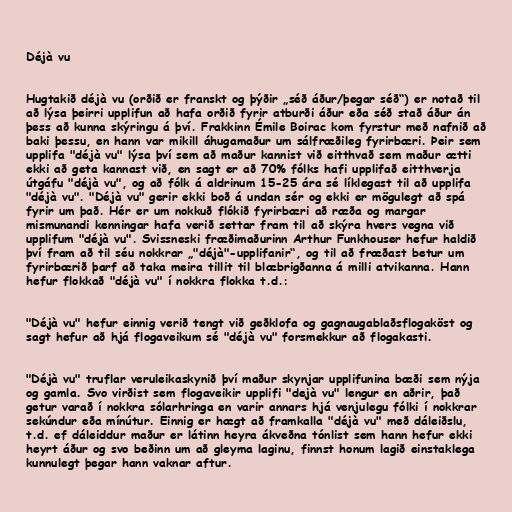
Déjà vu

Hugtakið déjà vu (orðið er franskt og þýðir „séð áður/þegar séð“) er notað til
að lýsa þeirri upplifun að hafa orðið fyrir atburði áður eða séð stað áður án
þess að kunna skýringu á því. Frakkinn Émile Boirac kom fyrstur með nafnið að
baki þessu, en hann var mikill áhugamaður um sálfræðileg fyrirbæri. Þeir sem
upplifa "déjà vu" lýsa því sem að maður kannist við eitthvað sem maður ætti
ekki að geta kannast við, en sagt er að 70% fólks hafi upplifað eitthverja
útgáfu "déjà vu", og að fólk á aldrinum 15-25 ára sé líklegast til að upplifa
"déjà vu". "Déjà vu" gerir ekki boð á undan sér og ekki er mögulegt að spá
fyrir um það. Hér er um nokkuð flókið fyrirbæri að ræða og margar
mismunandi kenningar hafa verið settar fram til að skýra hvers vegna við
upplifum "déjà vu". Svissneski fræðimaðurinn Arthur Funkhouser hefur haldið
því fram að til séu nokkrar „"déjà"-upplifanir“, og til að fræðast betur um
fyrirbærið þarf að taka meira tillit til blæbrigðanna á milli atvikanna. Hann
hefur flokkað "déjà vu" í nokkra flokka t.d.:

"Déjà vu" hefur einnig verið tengt við geðklofa og gagnaugablaðsflogaköst og
sagt hefur að hjá flogaveikum sé "déjà vu" forsmekkur að flogakasti.

"Déjà vu" truflar veruleikaskynið því maður skynjar upplifunina bæði sem nýja
og gamla. Svo virðist sem flogaveikir upplifi "dejà vu" lengur en aðrir, það
getur varað í nokkra sólarhringa en varir annars hjá venjulegu fólki í nokkrar
sekúndur eða mínútur. Einnig er hægt að framkalla "déjà vu" með dáleiðslu,
t.d. ef dáleiddur maður er látinn heyra ákveðna tónlist sem hann hefur ekki
heyrt áður og svo beðinn um að gleyma laginu, finnst honum lagið einstaklega
kunnulegt þegar hann vaknar aftur.